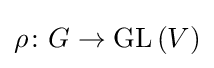
\rho \colon G\to \mathrm {GL} \left(V\right)